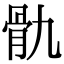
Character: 骩